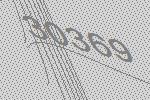
30369